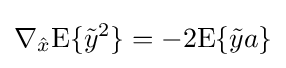
\nabla _{\hat {x}}\mathrm {E} \{{\tilde {y}}^{2}\}=-2\mathrm {E} \{{\tilde {y}}a\}